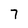
Character: 7